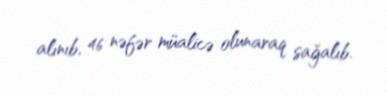
alınıb, 46 nəfər müalicə olunaraq sağalıb.